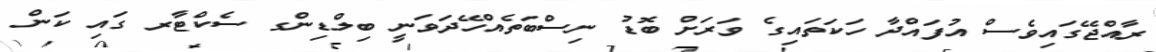
ރާއްޖޭގައިވެސް އުފައްދާ ހަކަތައިގެ ވަރަށް ބޮޑު ނިސްބަތެއްހޭދަވަނީ ބިލްޑިންގ ސެކްޓާރ ގައި ކަން